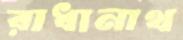
রাধানাথ